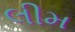
લીમ